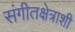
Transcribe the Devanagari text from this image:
संगीतक्षेत्राशी